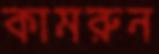
কামরুন